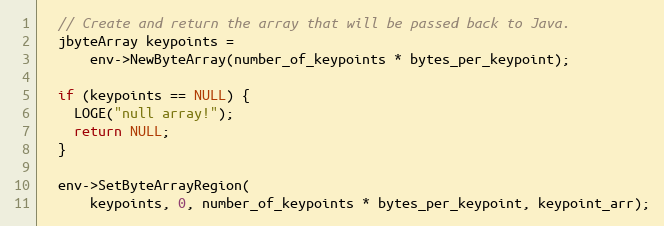
Language: C++
  // Create and return the array that will be passed back to Java.
  jbyteArray keypoints =
      env->NewByteArray(number_of_keypoints * bytes_per_keypoint);

  if (keypoints == NULL) {
    LOGE("null array!");
    return NULL;
  }

  env->SetByteArrayRegion(
      keypoints, 0, number_of_keypoints * bytes_per_keypoint, keypoint_arr);